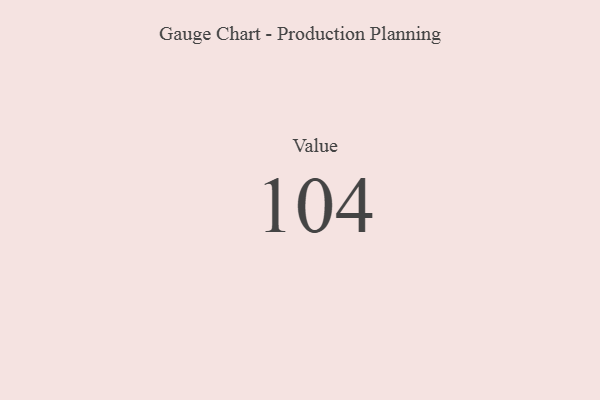
{"axis": {"x": "Metric", "y": "Value"}, "legend": [""], "data": [{"x": "Value", "y": 104, "type": ""}]}